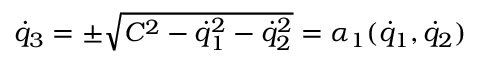
{ \dot { q } } _ { 3 } = \pm \sqrt { C ^ { 2 } - { \dot { q } } _ { 1 } ^ { 2 } - { \dot { q } } _ { 2 } ^ { 2 } } = \alpha _ { 1 } ( { \dot { q } } _ { 1 } , { \dot { q } } _ { 2 } )